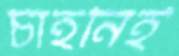
চাহনিই